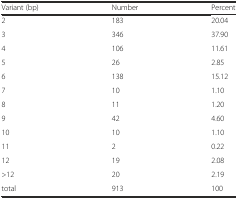
| Variant (bp) | Number | Percent |
 | --- | --- | --- |
 | 2 | 183 | 20.04 |
 | 3 | 346 | 37.90 |
 | 4 | 106 | 11.61 |
 | 5 | 26 | 2.85 |
 | 6 | 138 | 15.12 |
 | 7 | 10 | 1.10 |
 | 8 | 11 | 1.20 |
 | 9 | 42 | 4.60 |
 | 10 | 10 | 1.10 |
 | 11 | 2 | 0.22 |
 | 12 | 19 | 2.08 |
 | >12 | 20 | 2.19 |
 | total | 913 | 100 |